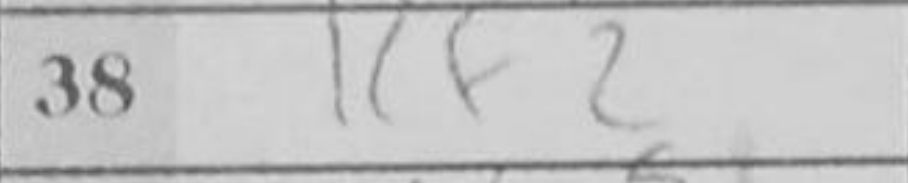
Transcription: Rf2